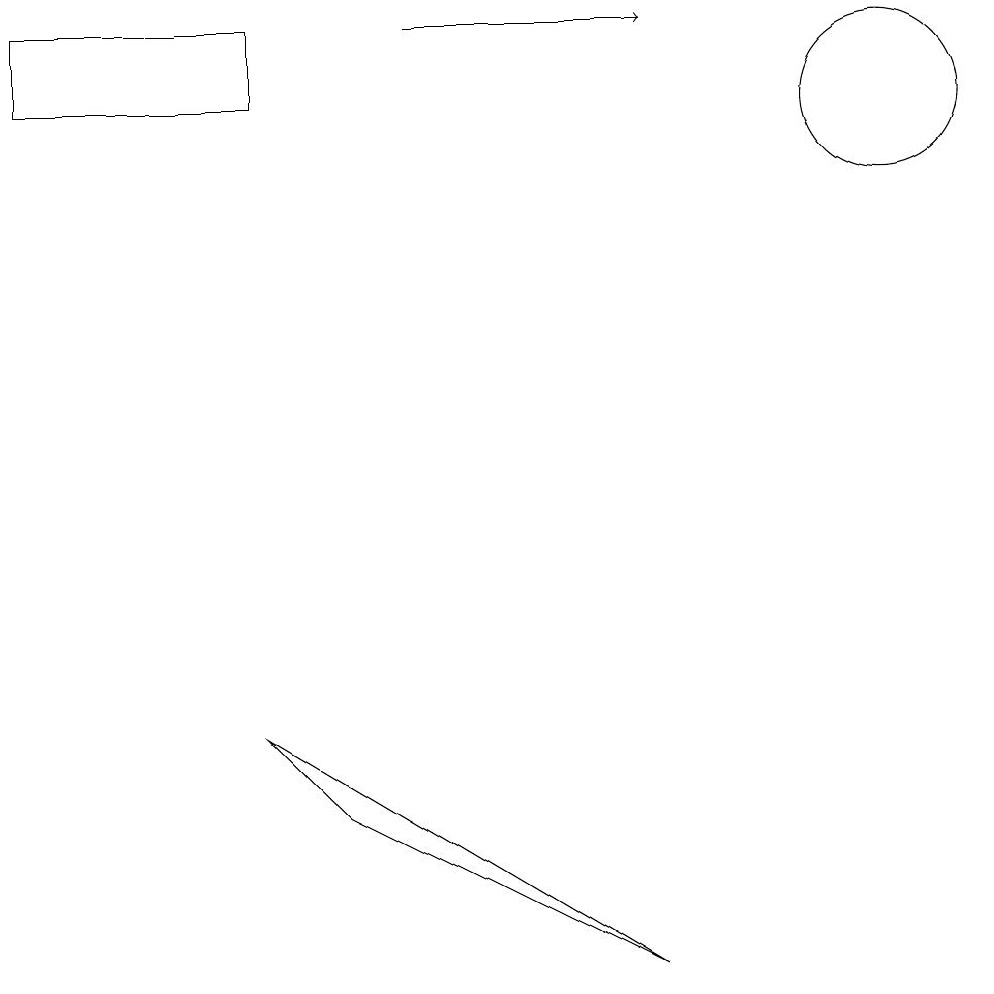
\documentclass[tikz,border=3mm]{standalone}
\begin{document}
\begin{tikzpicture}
\draw[->] (6,13) -- (9,13);
\draw (1,13) rectangle (4,12);
\draw (12,12) circle (1);
\draw (5,3) -- (9,1) -- (4,4) -- cycle;
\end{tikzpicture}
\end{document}